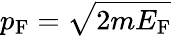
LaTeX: p_{\mathrm{F}}={\sqrt{2mE_{\mathrm{F}}}}